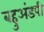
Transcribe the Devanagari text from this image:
बहुअंडपी